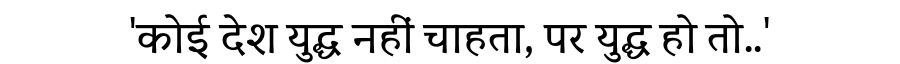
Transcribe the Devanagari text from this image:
'कोई देश युद्ध नहीं चाहता, पर युद्ध हो तो..'